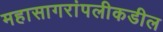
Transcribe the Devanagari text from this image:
महासागरांपलीकडील